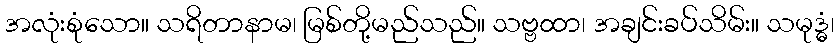
အလုံးစုံသော။ သရိတာနာမ၊ မြစ်တို့မည်သည်။ သဗ္ဗထာ၊ အချင်းခပ်သိမ်း။ သမုဒ္ဓံ၊